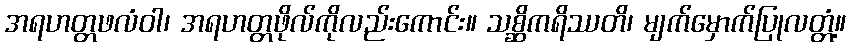
အရဟတ္တဖလံဝါ၊ အရဟတ္တဖိုလ်ကိုလည်းကောင်း။ သစ္ဆိကရိဿတိ၊ မျက်မှောက်ပြုလတ္တံ့။